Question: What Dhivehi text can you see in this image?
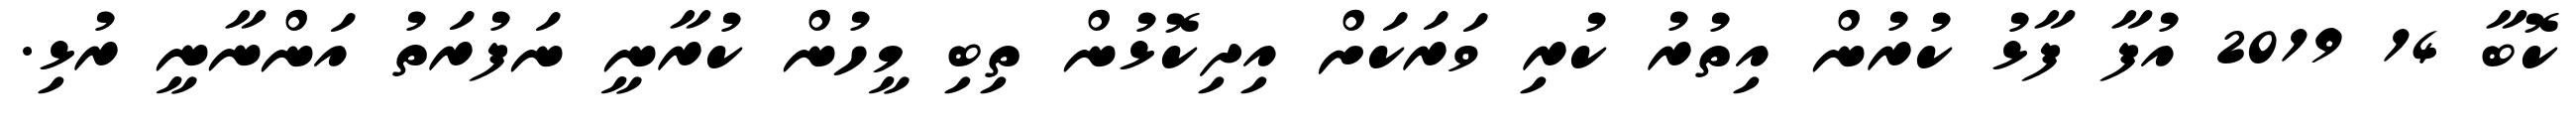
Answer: ކޮބާ 14 2019 އުފާ ފާޅު ކުރުން އިތުރު ކުރި ވަރަކަށް އިދިކޮޅުން ތިބި މީހުން ކުރާނީ ނަފުރަތު އަންނާނީ ރުޅި.